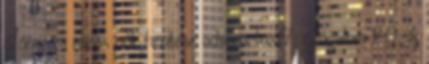
János, a rákos nők hentese advocactus77: Jogálom 2.0: ifj